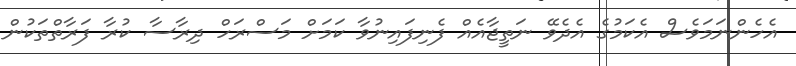
އެހެންނަމަވެސް އެކަމުގެ އެދެވޭ ނަތީޖާއެއް ފެނިފައިނުވާ ކަމަށް މަސްރަހް ދިރާސާ ކުރާ ފަރާތްތަކުން